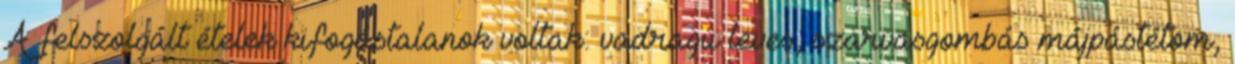
A felszolgált ételek kifogástalanok voltak: vadragu leves, szarvasgombás májpástétom,